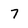
Character: 7